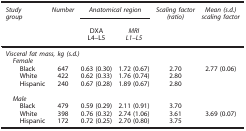
<table><thead><tr><td><b><i>Study group</i></b></td><td><b><i>Number</i></b></td><td colspan="2"><b><i>Anatomical region</i></b></td><td><b><i>Scaling factor (ratio)</i></b></td><td><b><i>Mean (</i><i>s.d.</i><i>) scaling factor</i></b></td></tr><tr><td><b> </b></td><td><b> </b></td><td><b>DXA L4–L5</b></td><td><b><i>MRI L1–L5</i></b></td><td><b> </b></td><td><b> </b></td></tr></thead><tbody><tr><td colspan="6"><i>Visceral fat mass, kg (s.d.)</i></td></tr><tr><td colspan="6"><i> Female</i></td></tr><tr><td><i></i>Black</td><td>647</td><td>0.63 (0.30)</td><td>1.72 (0.67)</td><td>2.70</td><td>2.77 (0.06)</td></tr><tr><td><i></i>White</td><td>422</td><td>0.62 (0.33)</td><td>1.76 (0.74)</td><td>2.80</td><td> </td></tr><tr><td><i></i>Hispanic</td><td>240</td><td>0.67 (0.28)</td><td>1.89 (0.67)</td><td>2.80</td><td> </td></tr><tr><td> </td><td> </td><td> </td><td> </td><td> </td><td> </td></tr><tr><td colspan="6"><i> Male</i></td></tr><tr><td><i></i>Black</td><td>479</td><td>0.59 (0.29)</td><td>2.11 (0.91)</td><td>3.70</td><td> </td></tr><tr><td><i></i>White</td><td>398</td><td>0.76 (0.32)</td><td>2.74 (1.06)</td><td>3.61</td><td>3.69 (0.07)</td></tr><tr><td><i></i>Hispanic</td><td>172</td><td>0.72 (0.25)</td><td>2.70 (0.80)</td><td>3.75</td><td> </td></tr></tbody></table>